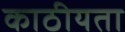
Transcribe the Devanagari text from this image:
काठीयता